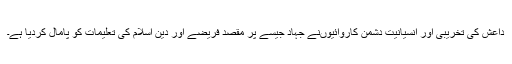
داعش کی تخریبی اور انسیانیت دشمن کاروائیوںنے جہاد جیسے پر مقصد فریضے اور دین اسلام کی تعلیمات کو پامال کردیا ہے۔